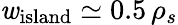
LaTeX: \mathit{w}_{\mathrm{{island}}}\simeq0.5\, \rho_{s}